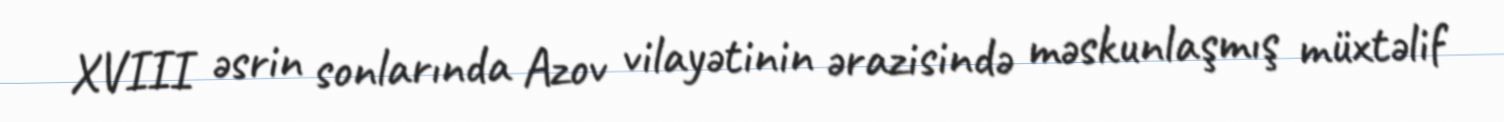
XVIII əsrin sonlarında Azov vilayətinin ərazisində məskunlaşmış müxtəlif